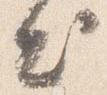
出